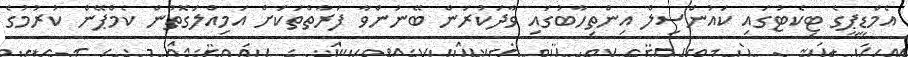
އެމްޑީޕީގެ ޓިކެޓުގައި ކައުންސިލް އިންތިހާބުގައި ވާދަކުރަން ބޭނުންވާ ފަރާތްތަކަށް އަމިއްލަގޮތުން ކެމްޕޭން ކުރުމުގެ